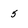
Character: 5